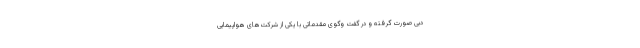
دبی صورت گرفته و در گفت وگوی مقدماتی با یکی از شرکت‌های هواپیمایی